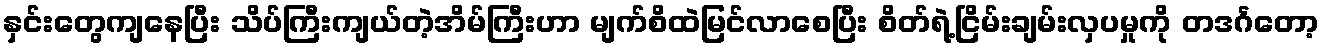
နှင်းတွေကျနေပြီး သိပ်ကြီးကျယ်တဲ့အိမ်ကြီးဟာ မျက်စိထဲမြင်လာစေပြီး စိတ်ရဲ့ငြိမ်းချမ်းလှပမှုကို တဒင်္ဂတော့